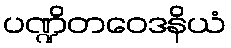
ပဏ္ဍိတဝေဒနိယံ